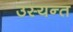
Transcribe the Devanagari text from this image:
उस्यन्त